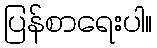
ပြန်စာရေးပါ။